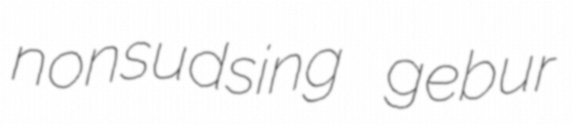
nonsudsing gebur